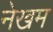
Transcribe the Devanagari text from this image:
नेखम